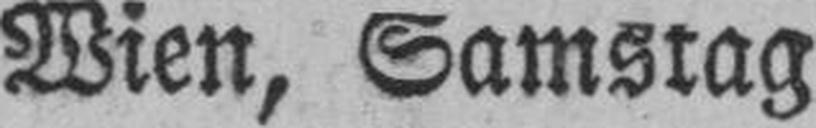
Wien, Samstag